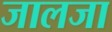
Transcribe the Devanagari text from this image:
जालजा